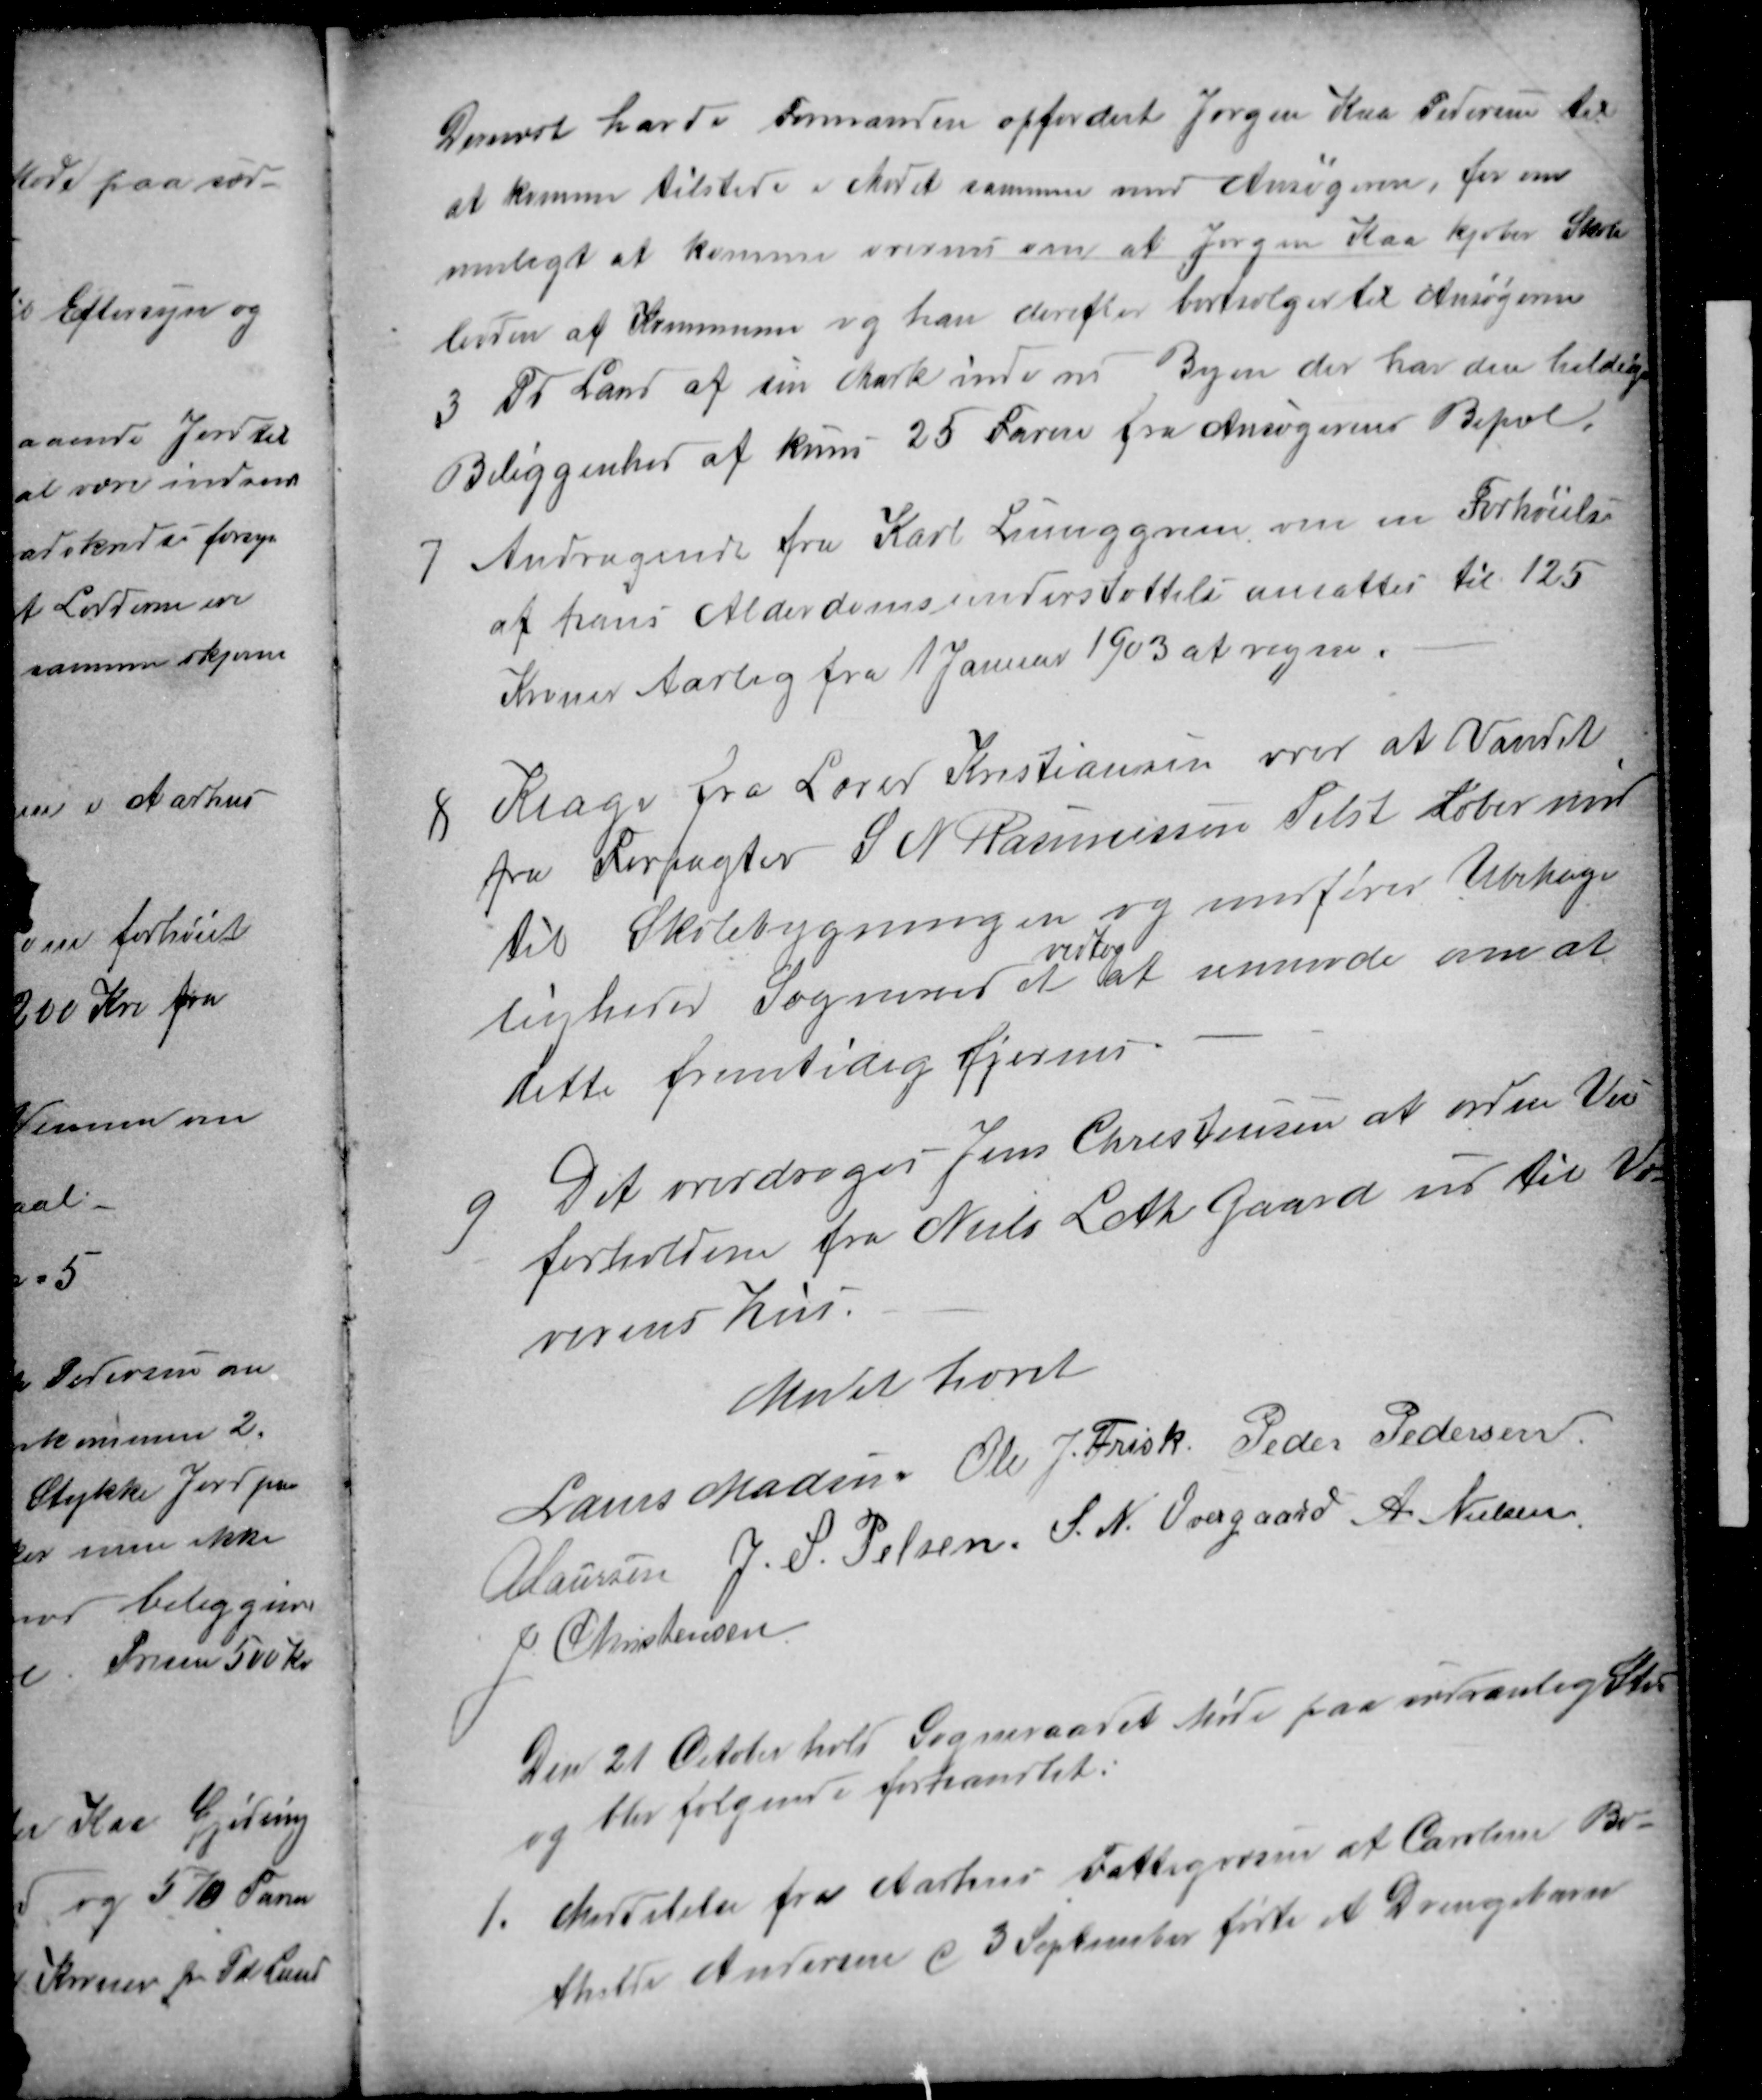
Transskription:
Dernæst havde Formanden opfordert Jørgen Kaa Pedersen til
at komme tilstede i Mødet sammen med Ansøgeren, for om
muligt at komme overens om at Jørgen Kaa kjøber Skole
lodden af Kommunen og han derefter bortsælger til Ansøgeren
3 Td Land af sin Mark ind mod Byen der har den heldige
Beliggenhed af kuns 25 Favne fra Ansøgerens Bopæl.
7
Andragende fra Karl Ljunggreen om en Forhøielse
af hans Alderdomsunderstøttelse ansattes til 125
Kroner Aarlig fra 1 Januar 1903 at regne.
8
Klage fra Lærer Kristiansen over at Vandet
fra Forpagter S N Rasmussen Tilst løber ind
til Skolebygningen og medfører Ubehage
ligheder Sogneraadet 
vedtog
at anmode om at
dette fremtidig fjernes
9
Det overdroges Jens Christensen at ordne Vei
forholdene fra Niels Leth Gaard ud til Væ-
verens Hus.
Mødet hævet
Laurs Madsen Ole J. Frisk Peder Pedersen
A Laursen J. S. Pelsen. S. N. Overgaard A Nielsen
J Christensen
Den 21 October hold Sogneraadet Møde paa sædvanlig Sted
og blev følgende forhandlet:
1.
Meddelelse fra Aarhus Fattigvæsen af Caroline Bo-
thilde Andersen d 3 September fødte et Drengebarn